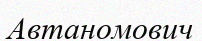
Автаномович